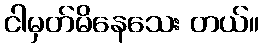
ငါမှတ်မိနေသေး တယ်။